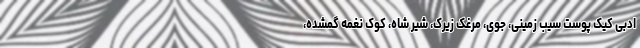
ادبی کیک پوست سیب زمینی، جوی، مرغک زیرک، شیر شاه، کوک نغمه گمشده،